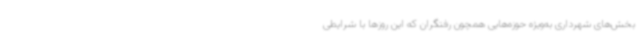
بخش‌های شهرداری به‌ویژه حوزه‌هایی همچون رفتگران که این روزها با شرایطی